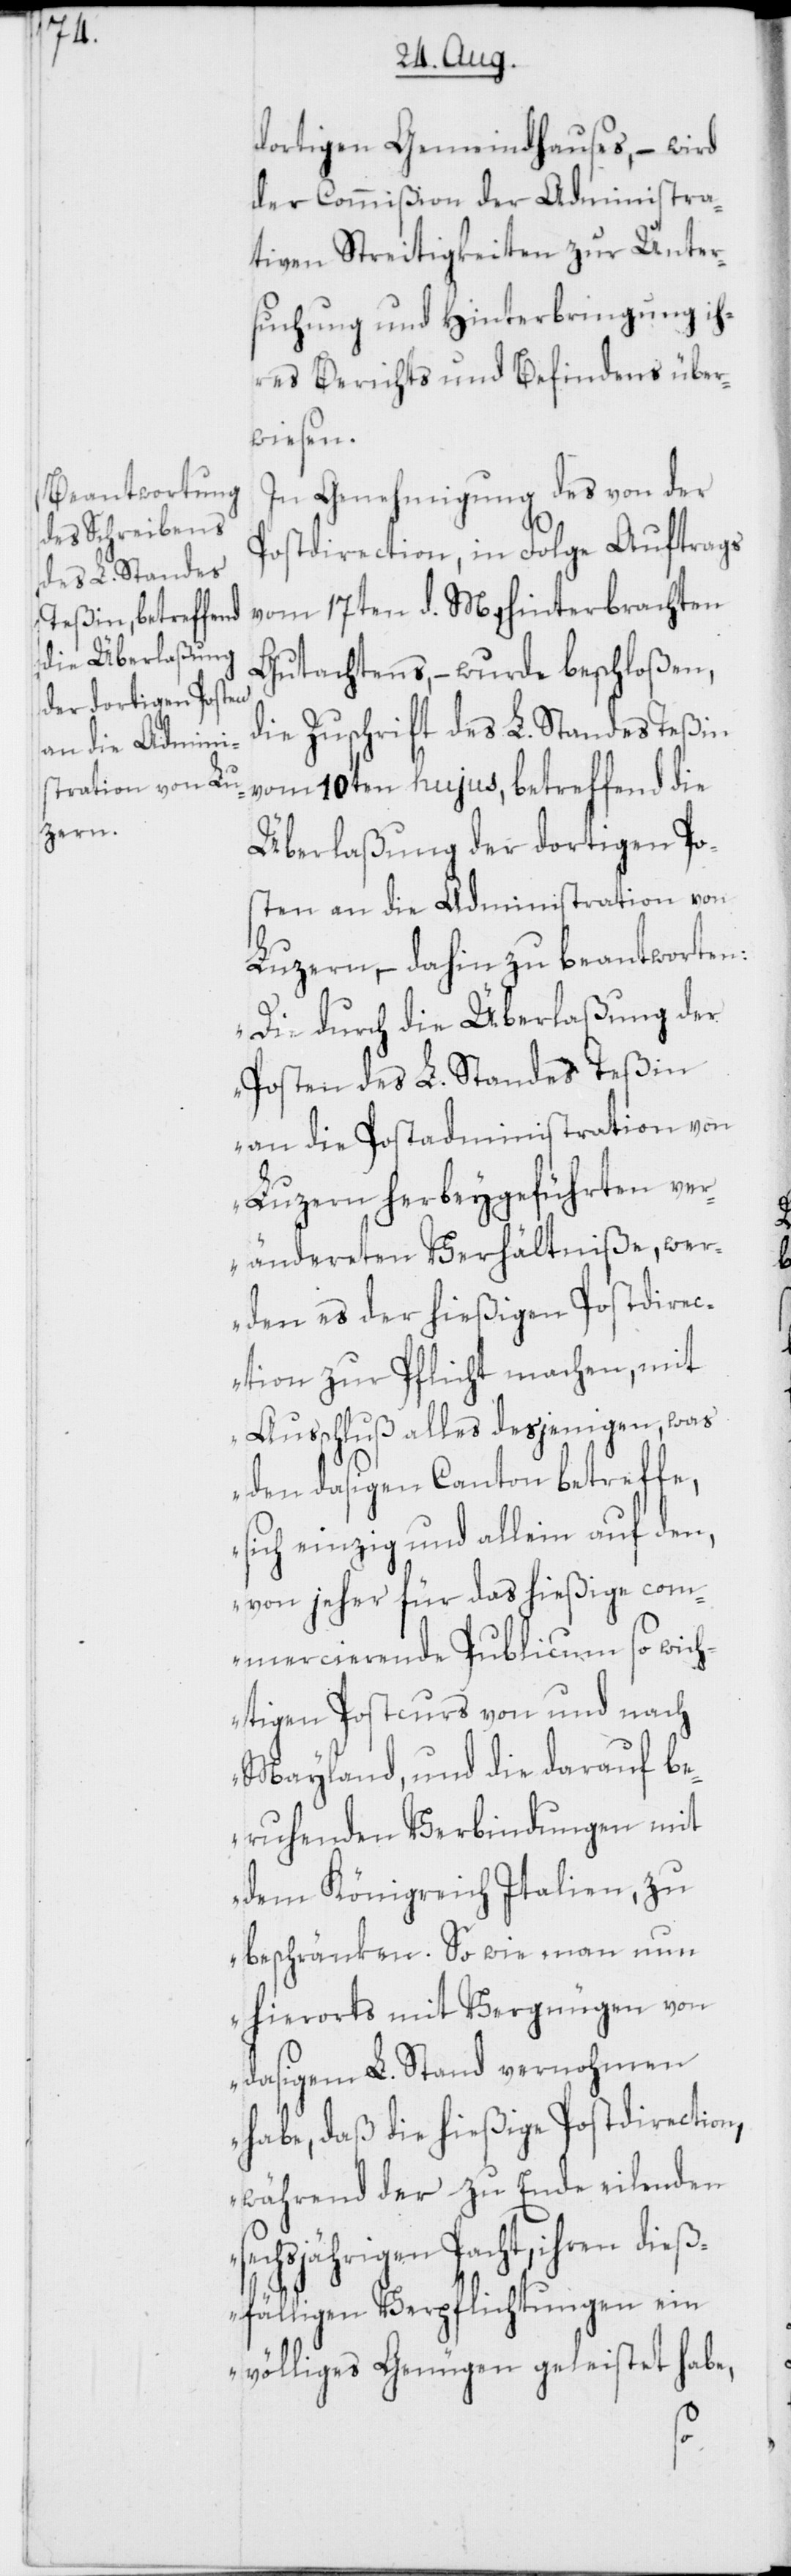
dortigen Gemeindhauses, – wird
der Commißion der Administra¬
tiven Streitigkeiten zur Unter¬
suchung und Hinterbringung ih¬
res Berichts und Befindens über¬
wiesen.
In Genehmigung des von der
Postdirection, in Folge Auftrags
vom 17ten d. M., hinterbrachten
Gutachtens, – wurde beschloßen,
die Zuschrift des L. Standes Teßin
vom 10ten hujus, betreffend die
Überlaßung der dortigen Po¬
sten an die Administration von
Luzern, – dahin zu beantworten:
„Die durch die Überlaßung der
Posten des L. Standes Teßin
an die Postadministration von
Luzern herbeygeführten ver¬
ändereten Verhältniße, wer¬
den es der hießigen Postdirec¬
tion zur Pflicht machen, mit
Ausschluß alles desjenigen, was
den dasigen Canton betreffe,
sich einzig und allein auf den,
von jeher für das hießige com¬
mercierende Publicum so wich¬
tigen Postcurs von und nach
Mayland, und die darauf be¬
ruhenden Verbindungen mit
dem Königreich Italien, zu
beschränken. So wie man nun
hierorts mit Vergnügen von
dasigem L. Stand vernohmen
habe, daß die hießige Postdirection,
während der zu Ende eilenden
sechsjährigen Pacht, ihren dieß¬
fälligen Verpflichtungen ein
völliges Genügen geleistet habe,